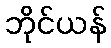
ဘိုင်ယန်